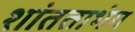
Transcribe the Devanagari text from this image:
शांतताभंग